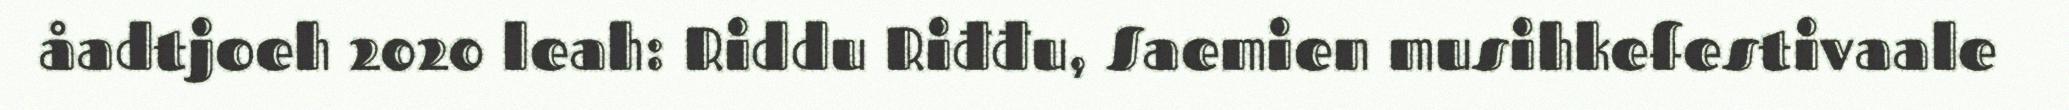
åadtjoeh 2020 leah: Riddu Riđđu, Saemien musihkefestivaale